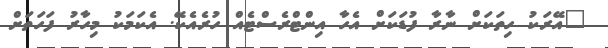
"އޭރަކު ހިތަކަށް ނާރާ ފުޑަކަށް އެހާ އިންޓްރެސްޓެއް ހުރެއެކޭ. އެކަމަކު މިހާރު ފަހަތަށް